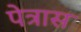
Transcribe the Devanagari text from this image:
पेत्रास